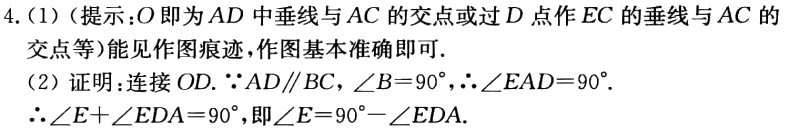
4. (1)（提示：\(O\)即为\(AD\)中垂线与\(AC\)的交点或过\(D\)点作\(EC\)的垂线与\(AC\)的交点等）能见作图痕迹，作图基本准确即可.
(2) 证明：连接\(OD\). \(\because AD\parallel BC\)，\(\angle B = 90^{\circ}\)，\(\therefore\angle EAD = 90^{\circ}\).
\(\therefore\angle E+\angle EDA = 90^{\circ}\)，即\(\angle E = 90^{\circ}-\angle EDA\).